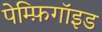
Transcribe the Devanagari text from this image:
पेम्फ़िगॉइड